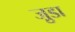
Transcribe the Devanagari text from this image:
जु़डा